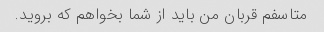
متاسفم قربان من باید از شما بخواهم که بروید.